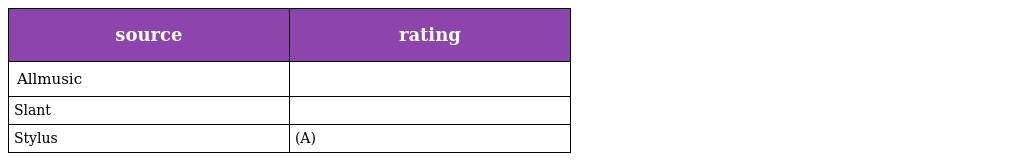
| source | rating |
 | --- | --- |
 | Allmusic |  |
 | Slant |  |
 | Stylus | (A) |